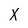
Character: X